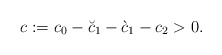
\begin{align*}c := c_0 - \breve{c}_1 -\grave{c}_1 - c_2 > 0.\end{align*}